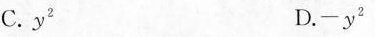
C.y^{2} D.-y^{2}